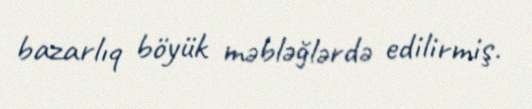
bazarlıq böyük məbləğlərdə edilirmiş.